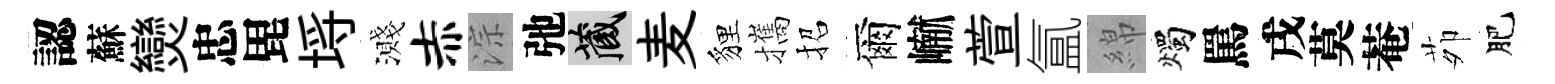
認蘇𤓖忠毘埓濺赤淙弛藏麦貍攜招爾𪩘萱氲綿燭罵戌莫菴茆肥